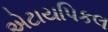
એટાયપિકલ